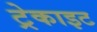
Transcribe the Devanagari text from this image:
ट्रेकाइट